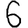
Digit: 6